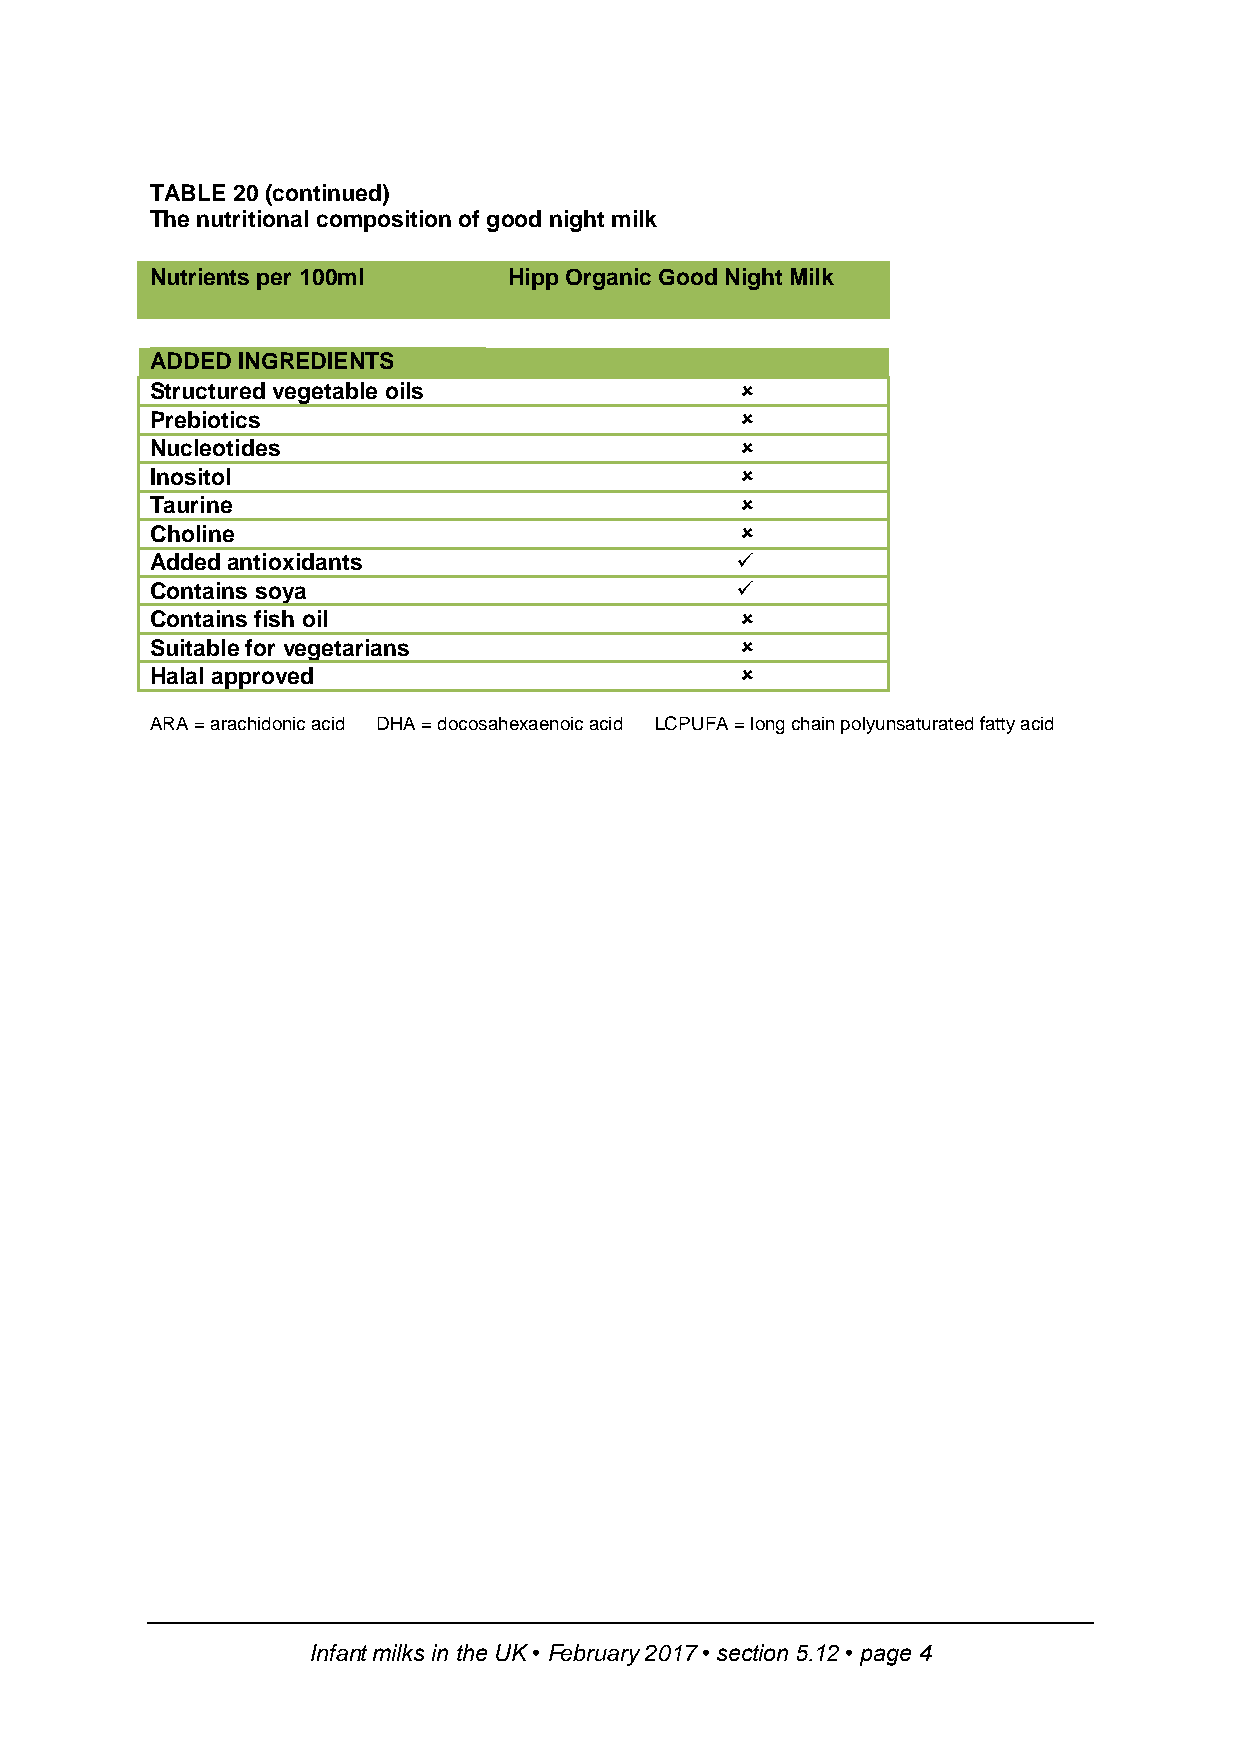
TABLE 20 (continued)
 The nutritional composition of good night milk
 Nutrients per 100ml     Hipp Organic Good Night Milk
 ADDED INGREDIENTS
 Structured vegetable oils              
 Prebiotics                             
 Nucleotides                            
 Inositol                               
 Taurine                                
 Choline                                
 Added antioxidants                     
 Contains soya                          
 Contains fish oil                      
 Suitable for vegetarians               
 Halal approved                         
 ARA = arachidonic acid DHA = docosahexaenoic acid LCPUFA = long chain polyunsaturated fatty acid
 Infant milks in the UK • February 2017 • section 5.12 • page 4